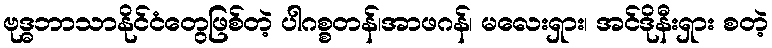
ဗုဒ္ဓဘာသာနိုင်ငံတွေဖြစ်တဲ့ ပါဂစ္စတန်၊အာဖဂန်၊ မလေးရှား၊ အင်ဒိုနီးရှား စတဲ့